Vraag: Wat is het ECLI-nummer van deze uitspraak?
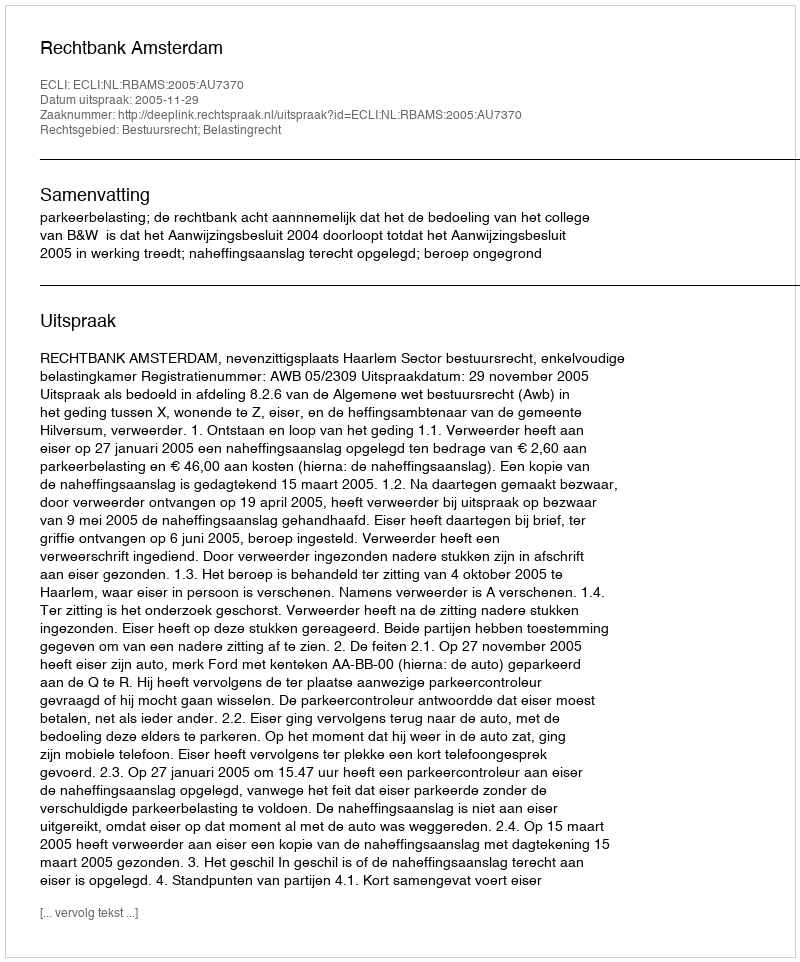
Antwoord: ECLI:NL:RBAMS:2005:AU7370